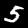
Label: 5